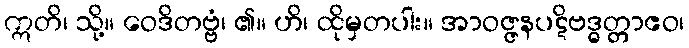
ဣတိ၊ သို့။ ဝေဒိတဗ္ဗံ၊ ၏။ ဟိ၊ ထိုမှတပါး။ အာဝဇ္ဇနပဋိဗဒ္ဓတ္တာဧဝ၊